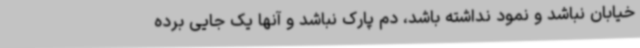
خیابان نباشد و نمود نداشته باشد، دم پارک نباشد و آنها یک جایی برده